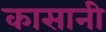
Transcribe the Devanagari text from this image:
कासानी